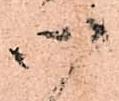
心